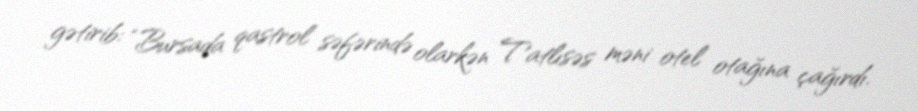
gətirib: “Bursada qastrol səfərində olarkən Tatlısəs məni otel otağına çağırdı.